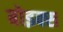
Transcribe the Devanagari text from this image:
बोइक्स